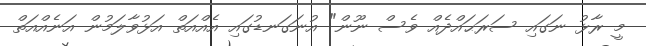
މީ ރާޅު ނަގައި ސަރަޙައްދެއް ވެސް ނޫން" އުނަގަނޑުގައި އެއްއަތް އަޅުވާލަމުން އަނެއްއަތް